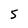
Character: 5